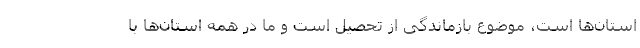
استان‌ها است، موضوع بازماندگی از تحصیل است و ما در همه استان‌‌ها با